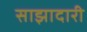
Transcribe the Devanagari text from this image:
साझादारी